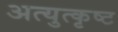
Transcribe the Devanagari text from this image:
अत्युत्‍कृष्ट